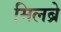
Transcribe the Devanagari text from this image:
मिलब्रे